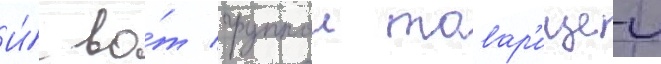
И́ во́т группои товар'ищеи